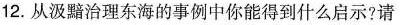
12.从汲黯治理东海的事例中你能得到什么启示?请